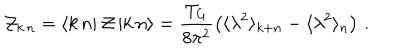
{ \cal Z } _ { k \, n } = \langle k \, n | \, { \cal Z } \, | k \, n \rangle = \frac { T _ { G } } { 8 \pi ^ { 2 } } \left( \langle \lambda ^ { 2 } \rangle _ { k + n } - \langle \lambda ^ { 2 } \rangle _ { n } \right) \, .